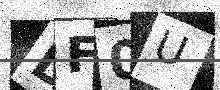
Text: DF0U